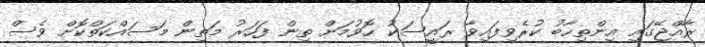
ރާއްޖޭގައި އިންތިހާބު ކުރެވިފައިވާ ރައީސަކު ހޮވުމަށް ތިން ފަހަރު މަތިން މަސައްކަތްކޮށް ވެސް